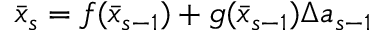
\begin{array} { r } { \bar { x } _ { s } = f ( \bar { x } _ { s - 1 } ) + g ( \bar { x } _ { s - 1 } ) \Delta a _ { s - 1 } } \end{array}